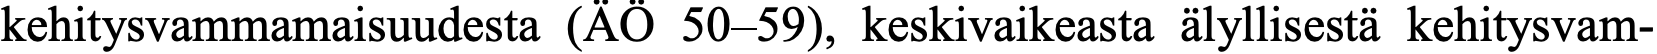
kehitysvammamaisuudesta (ÄÖ 50–59), keskivaikeasta älyllisestä kehitysvam-